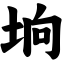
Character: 垧